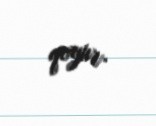
qoyur.